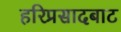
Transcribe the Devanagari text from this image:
हरिप्रसादबाट